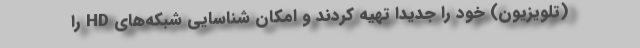
(تلویزیون) خود را جدیداً تهیه کردند و امکان شناسایی شبکه‌های HD را